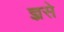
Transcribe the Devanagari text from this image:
ज्ञ्रसे